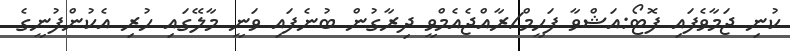
ކުނި ޖަމާވެފައި ފޮޓޯ:އަޝްވާ ފަހީމް/ރާއްޖެއެމްވީ ދިރާގުން ބުނެފައި ވަނީ މާލޭގައި ހުރި އެކުންފުނީގެ